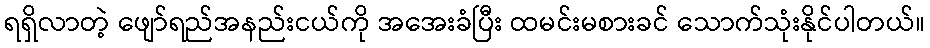
ရရှိလာတဲ့ ဖျော်ရည်အနည်းငယ်ကို အအေးခံပြီး ထမင်းမစားခင် သောက်သုံးနိုင်ပါတယ်။